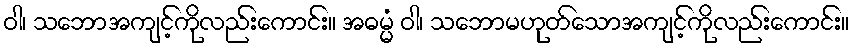
ဝါ၊ သဘောအကျင့်ကိုလည်းကောင်း။ အဓမ္မံ ဝါ၊ သဘောမဟုတ်သောအကျင့်ကိုလည်းကောင်း။